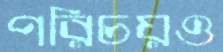
পরিচয়ও